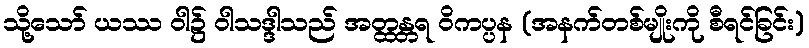
သို့သော် ယဿ ဝါ၌ ဝါသဒ္ဒါသည် အတ္ထန္တရ ဝိကပ္ပန (အနက်တစ်မျိုးကို စီရင်ခြင်း)